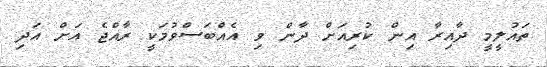
ތައުލީމީ ދާއިރާ އިން ކުރިއަށް ދާން ވި އެއްބަސްވުމަކީ ރާއްޖެ އަށް އަދި